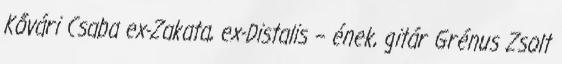
Kővári Csaba ex-Zakata, ex-Distalis – ének, gitár Grénus Zsolt